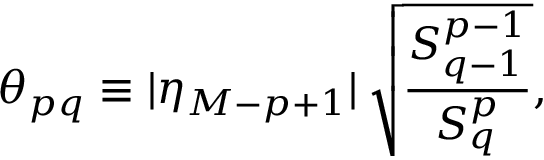
\theta _ { p q } \equiv | \eta _ { M - p + 1 } | \: \sqrt { \frac { S _ { q - 1 } ^ { p - 1 } } { S _ { q } ^ { p } } } ,